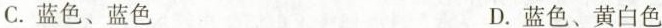
C.蓝色、蓝色 D.蓝色、黄白色